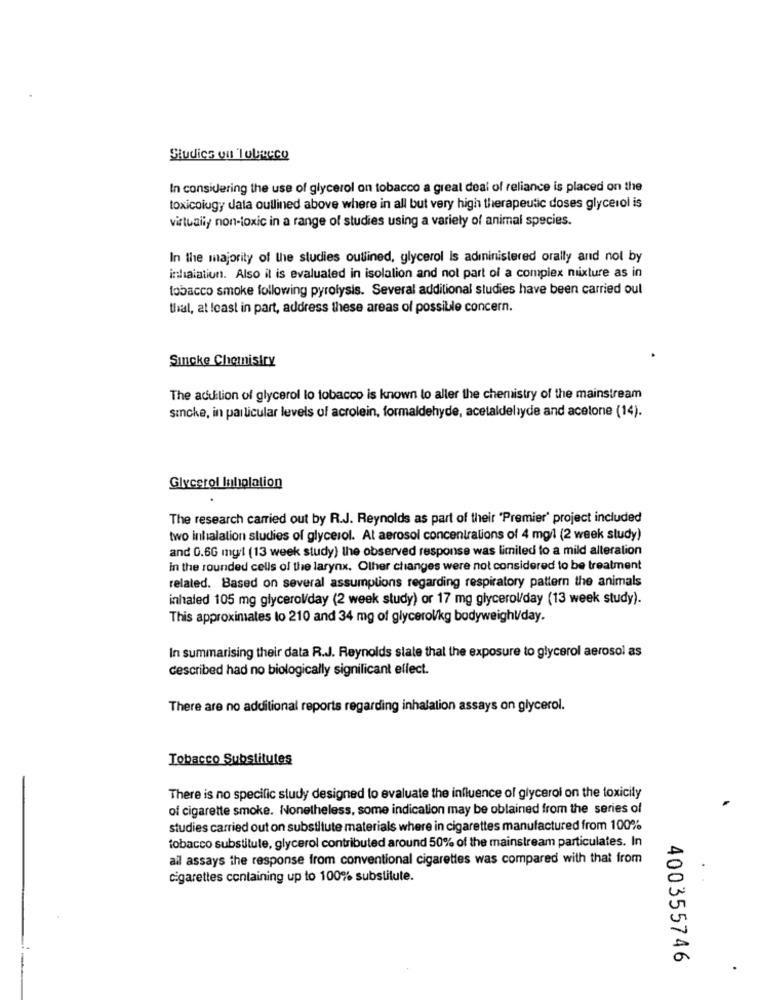
Sludics ou Tubeeco
In considering the use of glycerol on tobacco a great deal of reliance is placed on the
toxicoiugy data outlined above where in all but very high therapeutic doses glycerol is
virtuali/ non-toxic in a range of studies using a variety of animal species.
In the majority of the studies outlined, glycerol Is adininistered orally and not by
inhalation. Also il is evaluated in isolation and not part of a complex mixture as in
tobacco smoke following pyrolysis. Several additional studies have been carried oul
thal, at least in part, address these areas of possibile concern.
Sincke Chemistry
The addition of glycerol lo tobacco is known to aller the chemistry of the mainstream
sicke, in particular levels of acrolein, formaldehyde, acetaldelyde and acetone (14).
Glycerol Inholation
The research carried out by R.J. Reynolds as part of their "Premier' project included
two inhalation studies of glycerol. At aerosol concentrations of 4 mg/l (2 week study)
and 0.66 mg/l (13 week study) the observed response was limited to a mild alteration
in the rounded cells of the larynx. Other changes were not considered to be treatment
related. Based on several assumptions regarding respiratory pattern the animals
inhaled 105 mg glycerol/day (2 week study) or 17 mg glycerol/day (13 week study).
This approximates to 210 and 34 mg of glycerol/kg bodyweight/day.
In summarising their data R.J. Reynolds slate thal the exposure to glycerol aerosol as
described had no biologically significant effect.
There are no additional reports regarding inhalation assays on glycerol.
Tobacco Substitutes
There is no specific study designed to evaluate the influence of glycerol on the toxicity
of cigarette smoke. Nonetheless, some indication may be obtained from the series of
studies carried out on substitute materials where in cigarettes manufactured from 100%
tobacco substitute, glycerol contributed around 50% of the mainstream particulates. In
all assays the response from conventional cigarettes was compared with that from
cigarettes containing up to 100% substitute.
400355746